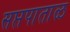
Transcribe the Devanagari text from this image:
सप्तपाताळ